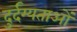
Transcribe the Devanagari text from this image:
दुर्दम्यताओं